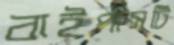
বাইপাসটি